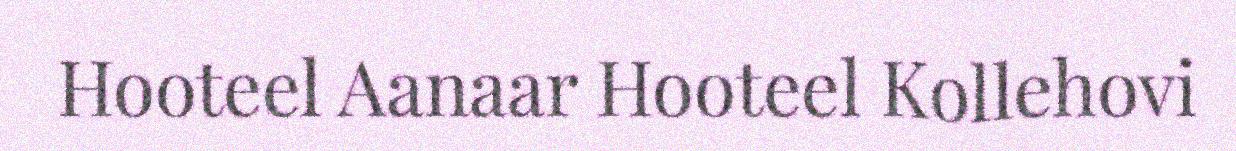
Hooteel Aanaar Hooteel Kollehovi